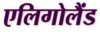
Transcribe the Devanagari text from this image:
एलिगोलैंड